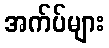
အက်ပ်များ